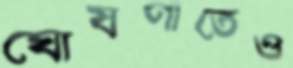
ঘোষণাতেও